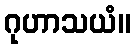
ဂုဟာသယံ။